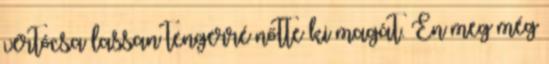
vértócsa lassan tengerré nőtte ki magát. Én meg még